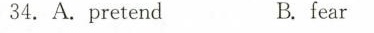
34.A.ppretend B.fear